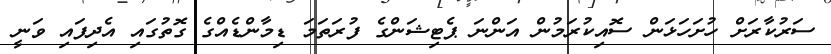
ސަރުކާރަށް ހުށަހަޅަން ސޮއިކުރަމުން އަންނަ ޕެޓިޝަންގެ ފުރަތަމަ ޑިމާންޑެއްގެ ގޮތުގައި އެދިފައި ވަނީ